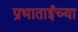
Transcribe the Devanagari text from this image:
प्रभाताईंच्या